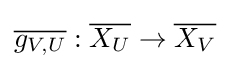
{\overline {g_{V,U}}}:{\overline {X_{U}}}\to {\overline {X_{V}}}